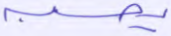
يحسبه